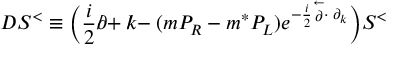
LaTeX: { \cal D } S ^ { < } \equiv \Big ( \frac i 2 \partial \! \! \! / + k \! \! \! / - ( m P _ { R } - m ^ { * } P _ { L } ) e ^ { { - \frac i 2 \stackrel { \leftarrow } { \partial } } \cdot \; \partial _ { k } } \Big ) S ^ { < }